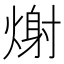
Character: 𭵪